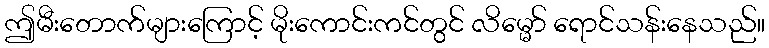
ဤမီးတောက်များကြောင့် မိုးကောင်းကင်တွင် လိမ္မော် ရောင်သန်းနေသည်။